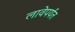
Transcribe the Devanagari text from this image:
लावेपर्यंत